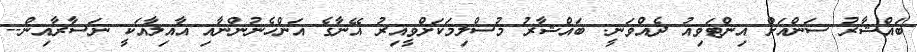
ބައްޝާރު ސަންއަށް އިންޓަވިއު ދެއްވަނީ: ބައްޝާރު މުސްލިމަކަށްވީއިރު އޭނާގެ އަންހެނުންނާއި އާއިލާއަކީ ނަސާރާއިން--